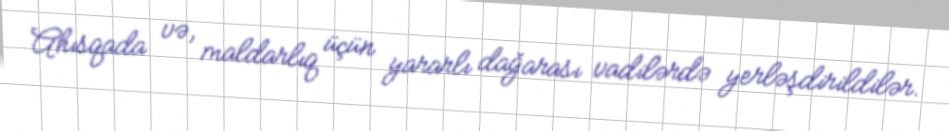
Ahısqada və, maldarlıq üçün yararlı dağarası vadilərdə yerləşdirildilər.